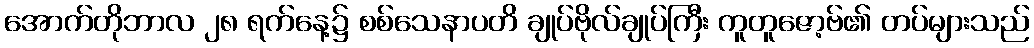
အောက်တိုဘာလ ၂၈ ရက်နေ့၌ စစ်သေနာပတိ ချုပ်ဗိုလ်ချုပ်ကြီး ကူတူဇော့ဗ်၏ တပ်များသည်